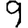
Digit: 9